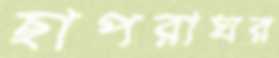
ছাপরাঘর